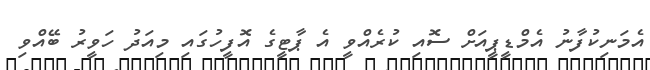
އެމަނިކުފާނު އެމްޑީޕީއަށް ސޮއި ކުރެއްވީ އެ ޕާޓީގެ އޮފީހުގައި މިއަދު ހަވީރު ބޭއްވި